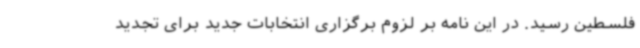
فلسطین رسید. در این نامه بر لزوم برگزاری انتخابات جدید برای تجدید